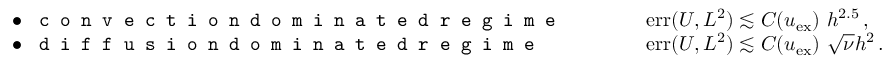
\begin{array} { r l r l } & { \bullet \, \, \texttt { c o n v e c t i o n d o m i n a t e d r e g i m e } } & { \qquad } & { \mathrm { e r r } ( \boldsymbol { U } , L ^ { 2 } ) \lesssim C ( \boldsymbol { u } _ { \mathrm { e x } } ) \, \, h ^ { 2 . 5 } \, , } \\ & { \bullet \, \, \texttt { d i f f u s i o n d o m i n a t e d r e g i m e } } & { \qquad } & { \mathrm { e r r } ( \boldsymbol { U } , L ^ { 2 } ) \lesssim C ( \boldsymbol { u } _ { \mathrm { e x } } ) \, \, \sqrt { \nu } h ^ { 2 } \, . } \end{array}